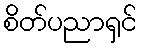
စိတ်ပညာရှင်